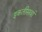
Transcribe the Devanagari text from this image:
इकतीसवां